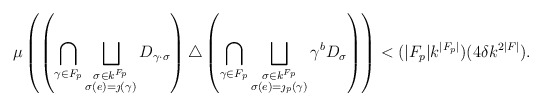
\begin{align*} \mu \left( \left( \bigcap_{\gamma \in F_p} \bigsqcup_{\substack{\sigma \in k^{F_p} \\ \sigma(e) = \jmath(\gamma)}} D_{\gamma \cdot \sigma} \right) \triangle \left( \bigcap_{\gamma \in F_p} \bigsqcup_{\substack{\sigma \in k^{F_p} \\ \sigma(e) = \jmath_p(\gamma)}} \gamma^b D_\sigma \right) \right) < (|F_p| k^{|F_p|}) ( 4 \delta k^{2 |F|}). \end{align*}